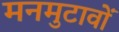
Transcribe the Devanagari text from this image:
मनमुटावों